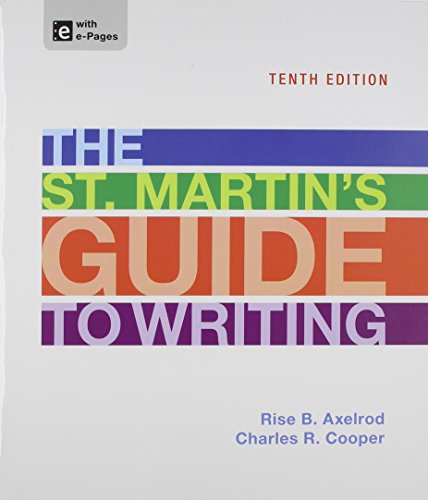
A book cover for The St. Martin's Guide to Writing; Rise B. Axelrod; Reference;